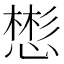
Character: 𪬟